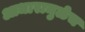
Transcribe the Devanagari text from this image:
आधारामुळेच